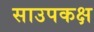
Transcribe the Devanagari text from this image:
साउपकक्ष